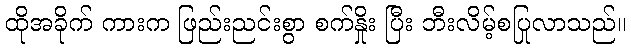
ထိုအခိုက် ကားက ဖြည်းညင်းစွာ စက်နှိုး ပြီး ဘီးလိမ့်စပြုလာသည်။